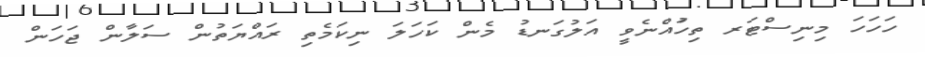
ހަހަހަ މިނިސްޓަރ ތިހުަަައްނެވީ އަލުގަނޑު މެން ކަހަލަ ނިކަމެތި ރައްޔަތުން ސަލާން ޖަހަން